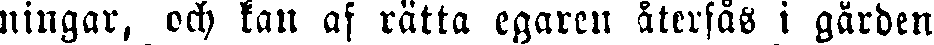
ningar, och kan af rätta egaren återfås i gården